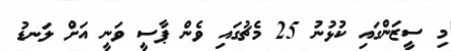
މި ސީޒަންގައި ކުޅުނު 25 މެޗުގައި ވެން ޕާސީ ވަނީ އަށް ލަނޑު